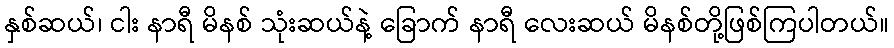
နှစ်ဆယ်၊ ငါး နာရီ မိနစ် သုံးဆယ်နဲ့ ခြောက် နာရီ လေးဆယ် မိနစ်တို့ဖြစ်ကြပါတယ်။